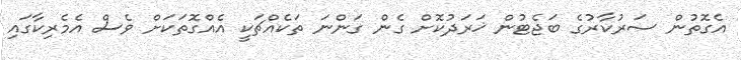
އެގޮތުން ސަރުކާރުގެ ބަޖެޓުން ޚަރަދުކޮށް ގެން ގަންނަ ތަކެއްޗަކީ އެއްގޮތަކަށް ވެސް އެމެރިކާގައި